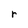
Character: r